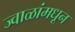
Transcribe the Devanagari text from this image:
ज्वाळांमधून